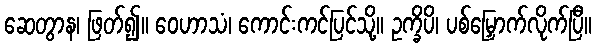
ဆေတွာန၊ ဖြတ်၍။ ဝေဟာသံ၊ ကောင်းကင်ပြင်သို့။ ဥက္ခိပိ၊ ပစ်မြှောက်လိုက်ပြီ။